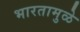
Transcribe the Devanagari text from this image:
भारतामुळे